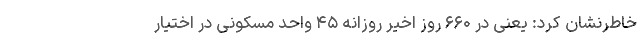
خاطرنشان کرد: یعنی در ۶۶۰ روز اخیر روزانه ۴۵ واحد مسکونی در اختیار